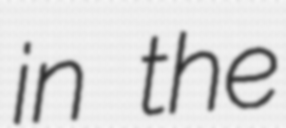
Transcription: in the